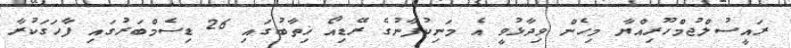
ރައީސުލްޖުމްހޫރިއްޔާ މިހެން ވިދާޅުވީ އެ މަނިކުފާނުގެ ރޭޑިއޯ ޚިތާބުގައި 26 ޑިސެމްބަރުގައި ފާހަގަކުރާ